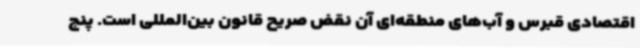
اقتصادی قبرس و آب‌های منطقه‌ای آن نقض صریح قانون بین‌المللی است. پنج